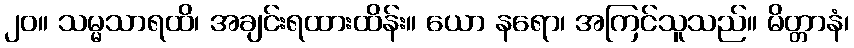
၂၀။ သမ္မသာရထိ၊ အချင်းရထားထိန်း။ ယော နရော၊ အကြင်သူသည်။ မိတ္တာနံ၊